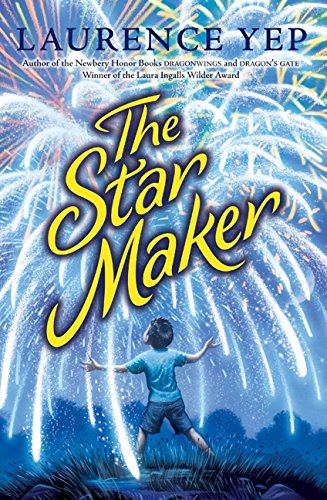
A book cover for The Star Maker; Laurence Yep; Children's Books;